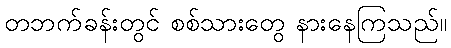
တဘက်ခန်းတွင် စစ်သားတွေ နားနေကြသည်။